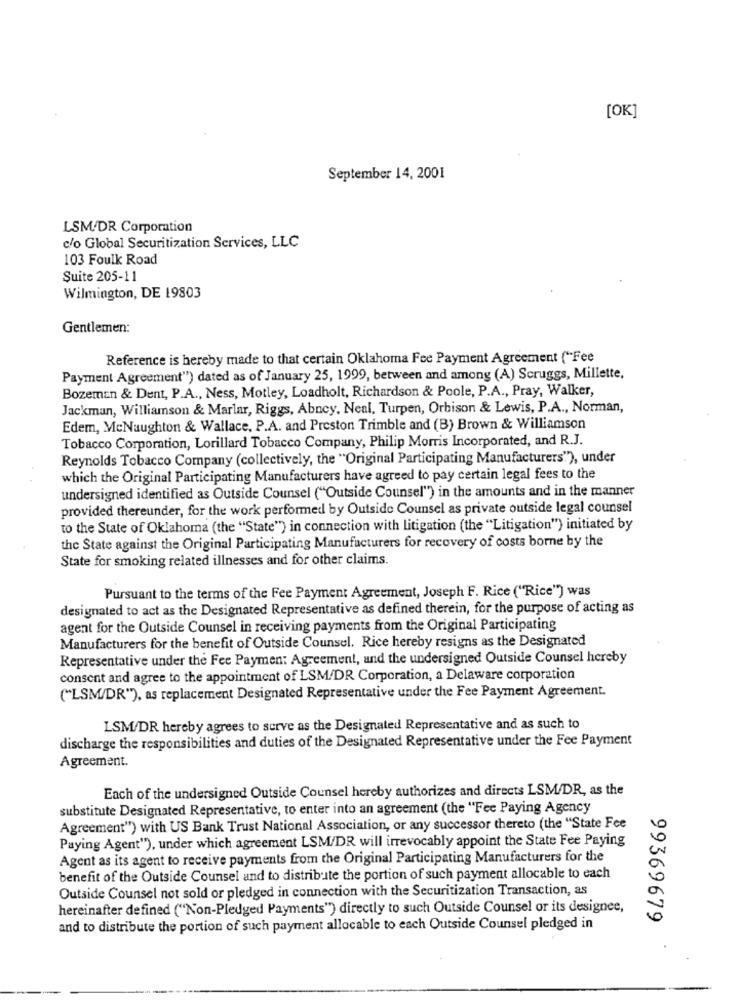
[OK]
September 14, 2001
LSM/DR Corporation
c/o Global Securitization Services, LLC
103 Foulk Road
Suite 205-11
Wilmington, DE 19803
Gentlemen:
Reference is hereby made to that certain Oklahoma Fee Payment Agreement ("Fee
Payment Agreement") dated as of January 25, 1999, between and among (A) Scruggs, Millette,
Bozeman & Dent, P.A ., Ness, Motley, Loadholt, Richardson & Poole, P.A ., Pray, Walker,
Jackman, Williamson & Marlar, Riggs, Abncy. Neal, Turpen, Orbison & Lewis, P.A ., Norman,
Edem, McNaughton & Wallace, P.A. and Preston Trimble and (B) Brown & Williamson
Tobacco Corporation, Lorillard Tobacco Company, Philip Morris Incorporated, and R.J.
Reynolds Tobacco Company (collectively, the "Original Participating Manufacturers"), under
which the Original Participating Manufacturers have agreed to pay certain legal fees to the
undersigned identified as Outside Counsel ("Outside Counsel") in the amounts and in the manner
provided thereunder, for the work performed by Outside Counsel as private outside legal counsel
to the State of Oklahoma (the "State") in connection with litigation (the "Litigation") initiated by
the State against the Original Participating Manufacturers for recovery of costs borne by the
State for smoking related illnesses and for other claims.
Pursuant to the terms of the Fee Payment Agreement, Joseph F. Rice ("Rice") was
designated to act as the Designated Representative as defined therein, for the purpose of acting as
agent for the Outside Counsel in receiving payments from the Original Participating
Manufacturers for the benefit of Outside Counsel. Rice hereby resigns as the Designated
Representative under the Fee Paymen: Agreement, and the undersigned Outside Counsel hereby
consent and agree to the appointment of LSM/DR Corporation, a Delaware corporation
("LSM/DR"), as replacement Designated Representative under the Fee Payment Agreement.
LSM/DR hereby agrees to serve as the Designated Representative and as such to
discharge the responsibilities and duties of the Designated Representative under the Fee Payment
Agreement.
Each of the undersigned Outside Counsel hereby authorizes and directs LSM/DR, as the
substitute Designated Representative, to enter into an agreement (the "Fee Paying Agency
Agreement") with US Bank Trust National Association, or any successor thereto (the "State Fee
Paying Agent"), under which agreement LSM/DR will irrevocably appoint the State Fee Paying
Agent as its agent to receive payments from the Original Participating Manufacturers for the
benefit of the Outside Counsel and to distribute the portion of such payment allocable to each
Outside Counsel not sold or pledged in connection with the Securitization Transaction, as
hereinafter defined ("Non-Pledged Payments") directly to such Outside Counsel or its designee,
99369679
and to distribute the portion of such payment allocable to each Outside Counsel pledged in